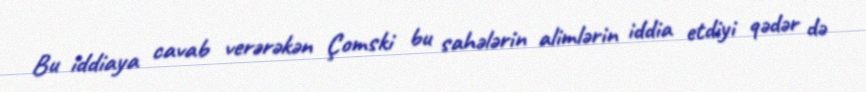
Bu iddiaya cavab verərəkən Çomski bu sahələrin alimlərin iddia etdiyi qədər də